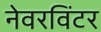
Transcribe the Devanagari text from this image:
नेवरविंटर